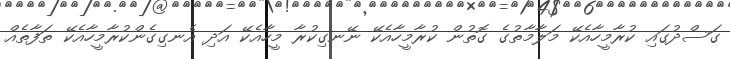
ގަސްދުގައި ކުރާމީހާއެކޭ މަލާމާތުގެ ގޮތުން ކުރާމީހާއެކޭ ނޭނގިކުރާ މީހާއެކޭ އަދި އެނގިގެންކުރާމީހާއެކޭ ތަފާތެއް